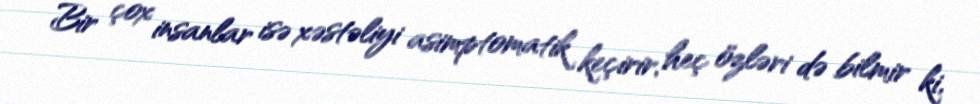
Bir çox insanlar isə xəstəliyi asimptomatik keçirir, heç özləri də bilmir ki,